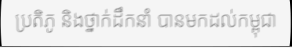
ប្រតិភូ និងថ្នាក់ដឹកនាំ បានមកដល់កម្ពុជា